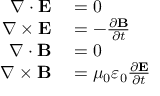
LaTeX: \begin{array} { r l } { \nabla \cdot \mathbf { E } } & { { } = 0 } \\ { \nabla \times \mathbf { E } } & { { } = - { \frac { \partial \mathbf { B } } { \partial t } } } \\ { \nabla \cdot \mathbf { B } } & { { } = 0 } \\ { \nabla \times \mathbf { B } } & { { } = \mu _ { 0 } \varepsilon _ { 0 } { \frac { \partial \mathbf { E } } { \partial t } } } \end{array}